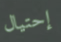
إحتيال